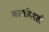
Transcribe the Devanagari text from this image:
कार्यावरती